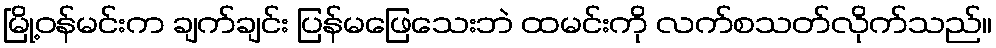
မြို့ဝန်မင်းက ချက်ချင်း ပြန်မဖြေသေးဘဲ ထမင်းကို လက်စသတ်လိုက်သည်။